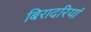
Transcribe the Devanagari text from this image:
बिरादरियां